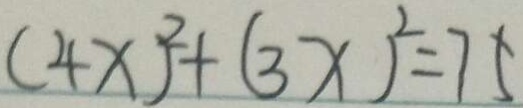
( 4 x ) ^ { 2 } + ( 3 x ) ^ { 2 } = 7 5